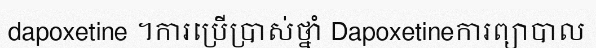
dapoxetine ។ការប្រើប្រាស់ថ្នាំ Dapoxetineការព្យាបាល